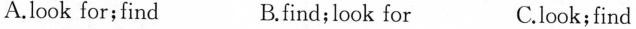
A.look for;find B.find; look for C.look; find